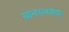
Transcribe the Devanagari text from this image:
खानपानसेवा